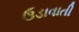
ઉડાવાતી